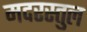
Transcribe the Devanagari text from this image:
मदरस्तुल